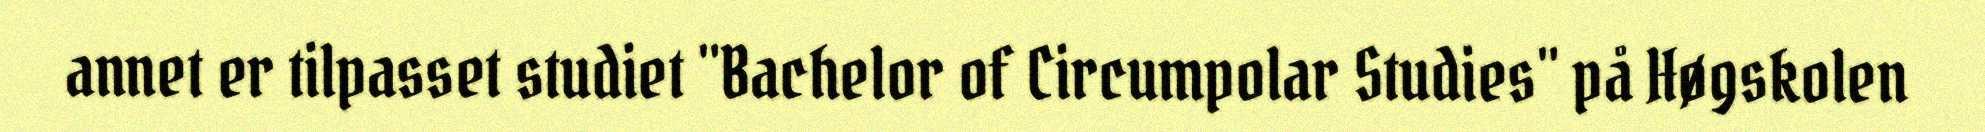
annet er tilpasset studiet "Bachelor of Circumpolar Studies" på Høgskolen